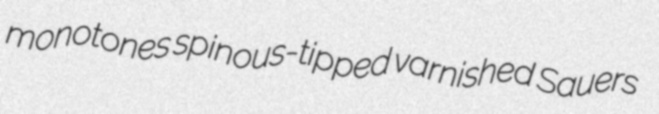
monotones spinous-tipped varnished Sauers